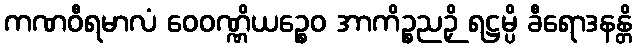
ကဏဝီရမာလံ ဝေဝဏ္ဏိယဉ္စေဝ အာကိဉ္စညဉှိ ရဋ္ဌမ္ပိ ခီရောဒနန္တိ